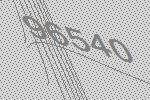
96540